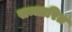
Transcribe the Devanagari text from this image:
सन्धारित